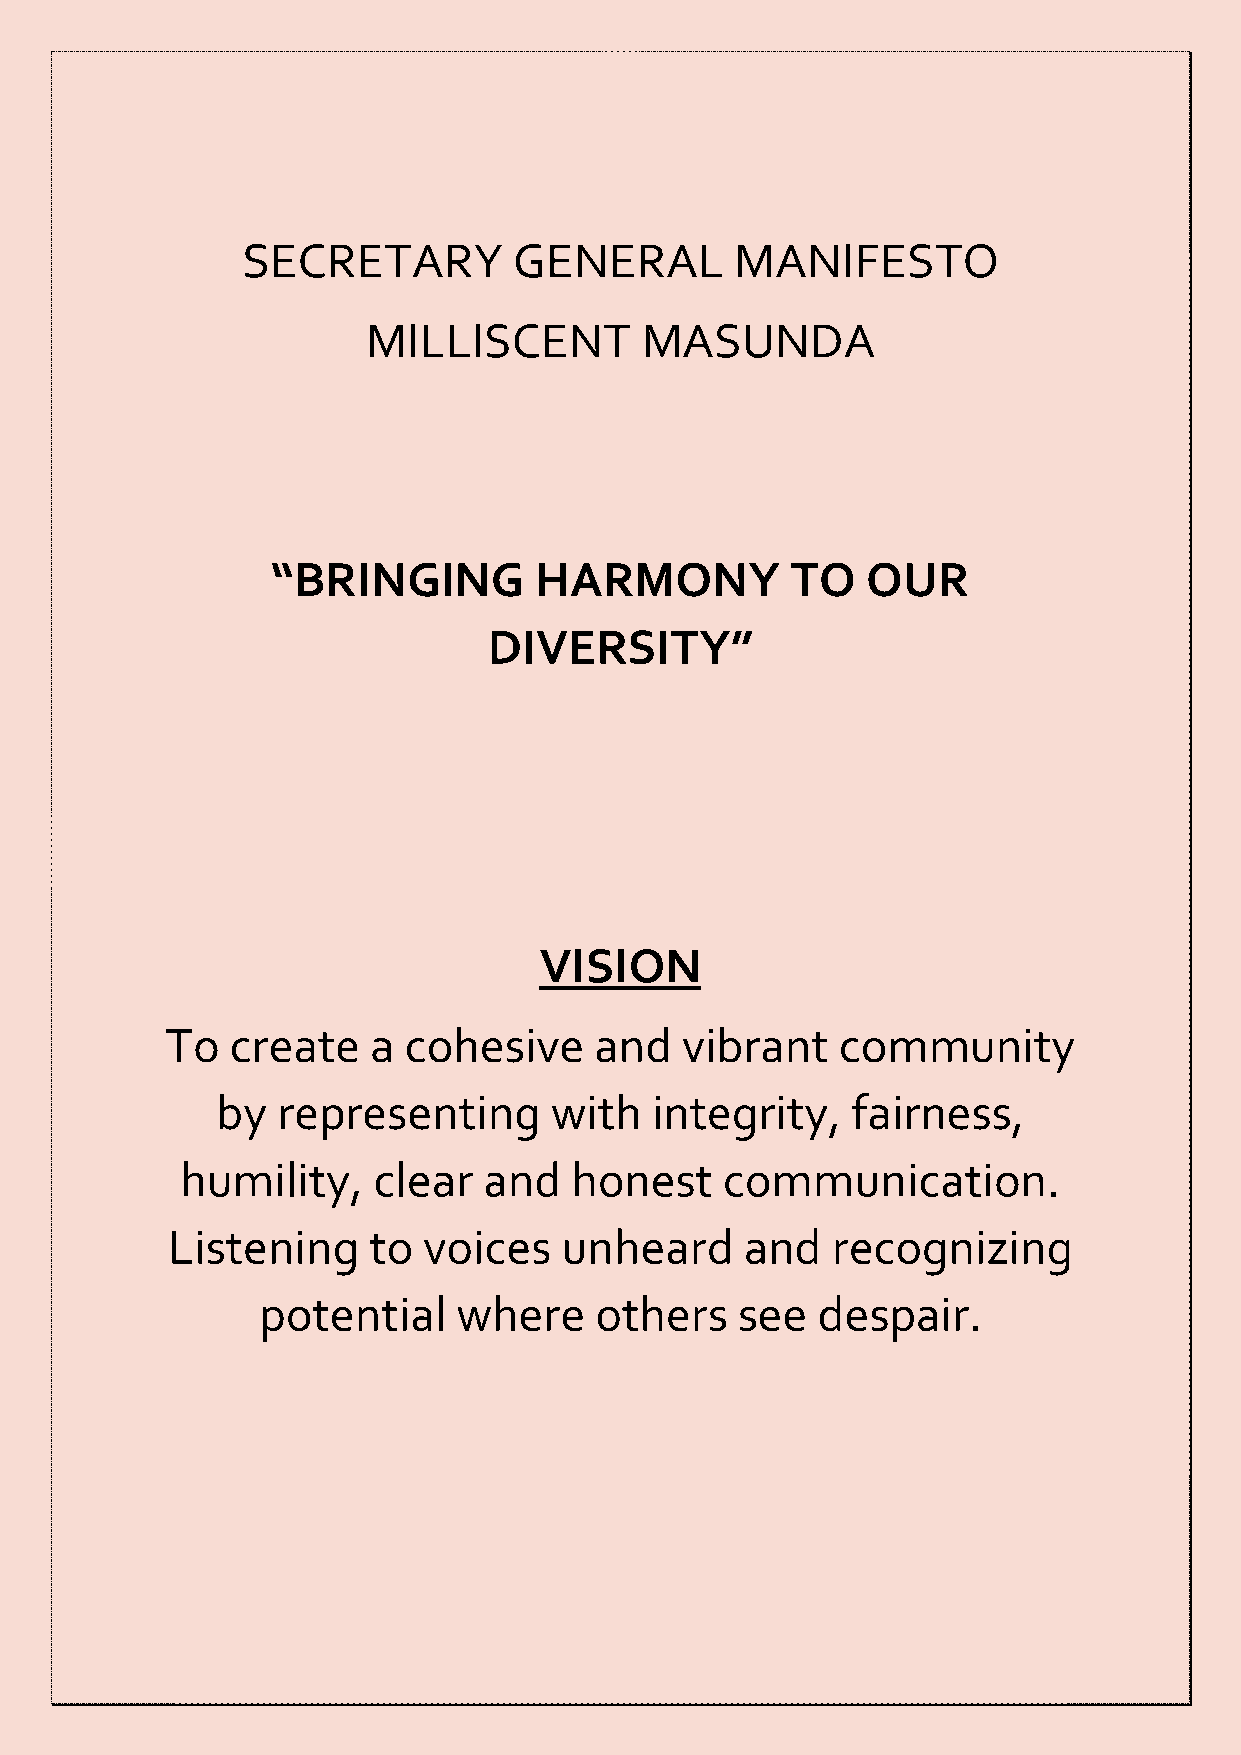
SECRETARY         GENERAL        MANIFESTO
 MILLISCENT        MASUNDA
 “BRINGING        HARMONY          TO   OUR
 DIVERSITY”
 VISION
 To  create   a  cohesive    and   vibrant   community
 by  representing      with   integrity,   fairness,
 humility,    clear  and   honest    communication.
 Listening    to  voices   unheard     and   recognizing
 potential    where    others    see  despair.